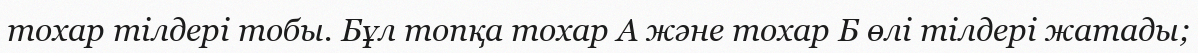
тохар тілдері тобы. Бұл топқа тохар А және тохар Б өлі тілдері жатады;